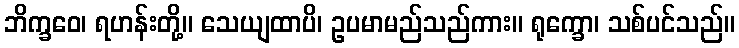
ဘိက္ခဝေ၊ ရဟန်းတို့။ သေယျထာပိ၊ ဥပမာမည်သည်ကား။ ရုက္ခော၊ သစ်ပင်သည်။